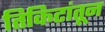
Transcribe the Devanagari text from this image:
तिकिटांतून